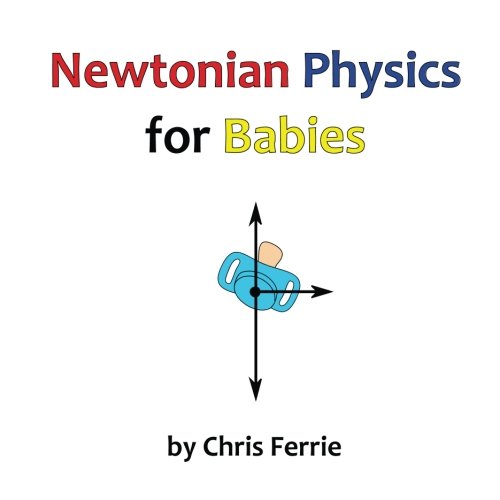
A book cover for Newtonian Physics for Babies; Chris Ferrie; Children's Books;